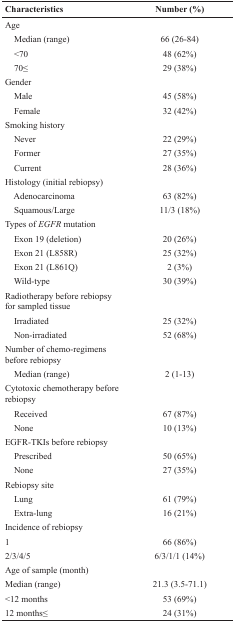
| Characteristics | Number (%) |
 | --- | --- |
 | Age |  |
 | Median (range) | 66 (26-84) |
 | <70 | 48 (62%) |
 | 70≤ | 29 (38%) |
 | Gender |  |
 | Male | 45 (58%) |
 | Female | 32 (42%) |
 | Smoking history |  |
 | Never | 22 (29%) |
 | Former | 27 (35%) |
 | Current | 28 (36%) |
 | Histology (initial rebiopsy) |  |
 | Adenocarcinoma | 63 (82%) |
 | Squamous/Large | 11/3 (18%) |
 | Types of EGFR mutation |  |
 | Exon 19 (deletion) | 20 (26%) |
 | Exon 21 (L858R) | 25 (32%) |
 | Exon 21 (L861Q) | 2 (3%) |
 | Wild-type | 30 (39%) |
 | Radiotherapy before rebiopsy for sampled tissue |  |
 | Irradiated | 25 (32%) |
 | Non-irradiated | 52 (68%) |
 | Number of chemo-regimens before rebiopsy |  |
 | Median (range) | 2 (1-13) |
 | Cytotoxic chemotherapy before rebiopsy |  |
 | Received | 67 (87%) |
 | None | 10 (13%) |
 | EGFR-TKIs before rebiopsy |  |
 | Prescribed | 50 (65%) |
 | None | 27 (35%) |
 | Rebiopsy site |  |
 | Lung | 61 (79%) |
 | Extra-lung | 16 (21%) |
 | Incidence of rebiopsy |  |
 | 1 | 66 (86%) |
 | 2/3/4/5 | 6/3/1/1 (14%) |
 | Age of sample (month) |  |
 | Median (range) | 21.3 (3.5-71.1) |
 | <12 months | 53 (69%) |
 | 12 months≤ | 24 (31%) |